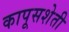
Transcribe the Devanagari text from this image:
कापूसशेती